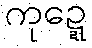
ကုဍ္ဍေ